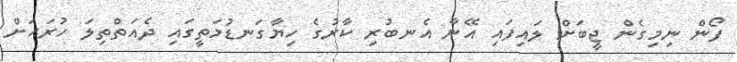
ފޯން ނިމިގެން ޖީބަށް ލައިފައި އޭނާ އެނބުރި ކާރުގެ ހިޔާގަނޑުމަތީގައި ދެއަތްތިލަ ހުރަހަށް